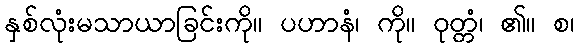
နှစ်လုံးမသာယာခြင်းကို။ ပဟာနံ၊ ကို။ ဝုတ္တံ၊ ၏။ စ၊